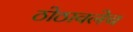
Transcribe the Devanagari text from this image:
ठोठावलेच